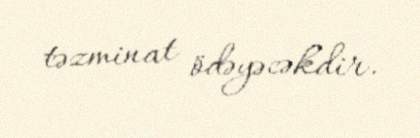
təzminat ödəyəcəkdir.